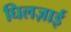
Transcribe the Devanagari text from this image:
घिलज़ाई